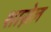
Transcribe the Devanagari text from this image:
शास्नेल